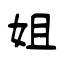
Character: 姐